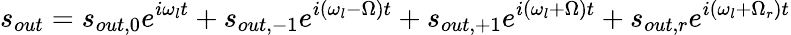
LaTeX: s_{out}=s_{out,0}e^{i\omega_{l}t}+s_{out,-1}e^{i(\omega_{l}-\Omega)t}+s_{out,+1}e^{i(\omega_{l}+\Omega)t}+s_{out,r}e^{i(\omega_{l}+\Omega_{r})t}